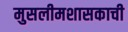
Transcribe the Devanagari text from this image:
मुसलीमशासकाची